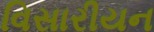
વિસારીયન